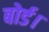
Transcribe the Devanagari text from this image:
बोर्ड।